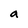
Character: a